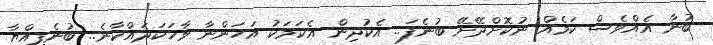
ބުނާ އެއްވެސް ކަމެއް ނުކޮށްދޭށޭ ބުނެފަ.. އެކުދިން އެކަމަކު އަހަންނާ ވާހަކަދައްކާނެ.. ބުނެފިއްޔާ